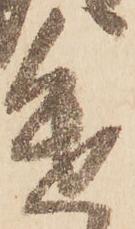
進